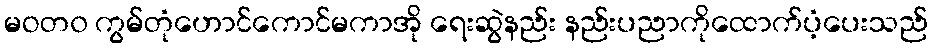
မဝတ၀ ကွမ်တုံဟောင်ကောင်မကာအို ရေးဆွဲနည်း နည်းပညာကိုထောက်ပံ့ပေးသည်